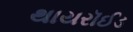
થાયરૉઈડ